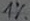
Text: 1%